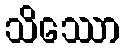
သိဿော